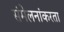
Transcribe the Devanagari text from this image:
संमेलनांकरता